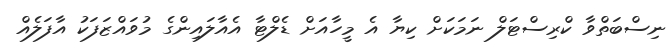
ނިސްބަތްވާ ކްރިސްޓަލް ނަމަކަށް ކިޔާ އެ މީހާއަށް ޑެލްޓާ އެއާލައިންގެ މުވައްޒަފަކު އާފަލެއް